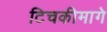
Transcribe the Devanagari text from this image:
टिचकीमागे